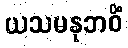
ယသမနုဘဝိံ